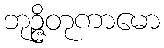
ဘုဉ္ဇိတုကာမော